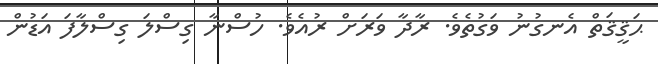
ޙަޤީޤަތް އެނގުނު ވަގުތެވެ. ރާދާ ވަރަށް ރުއެވެ. ހުސްނާ ގިސްލަ ގިސްލާފަ އަޑުން